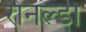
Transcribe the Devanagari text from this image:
रोनल्डो